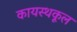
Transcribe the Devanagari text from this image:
कायस्थकूल